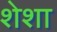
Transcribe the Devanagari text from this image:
शेशा